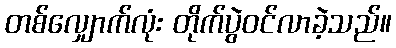
တစ်လျှောက်လုံး တိုက်ပွဲဝင်လာခဲ့သည်။